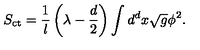
S _ { \mathrm { c t } } = \frac 1 l \left( \lambda - \frac { d } 2 \right) \int d ^ { d } x \sqrt { g } \phi ^ { 2 } .